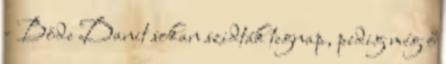
- Böde Danit sokan szidták tegnap, pedig még ő